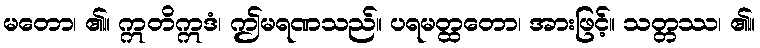
မတော၊ ၏။ ဣတိဣဒံ၊ ဤမရဏသည်။ ပရမတ္ထတော၊ အားဖြင့်။ သတ္တဿ၊ ၏။